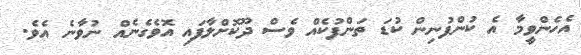
އެހެންވީމާ އެ ކުންފުނިން ކުޑަ ތަންފުކެއް ވެސް ދޫކޮށްލާފައި އޮވެގެނެއް ނުވާނެ އެވެ.